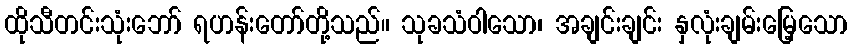
ထိုသီတင်းသုံးဘော် ရဟန်းတော်တို့သည်။ သုခသံဝါသော၊ အချင်းချင်း နှလုံးချမ်းမြေ့သော